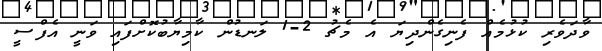
ވާދަވެރި ކުޅުމެއް ފެނިގެންދިޔަ އެ މެޗު 2-1 ލަނޑުން ކާމިޔާބުކޮށްފައި ވަނީ އެފްސީ